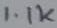
Text: 1.1K